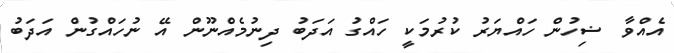
އެއްވާ ޟިހުން ހައްޔަރު ކުރުމަކީ ހައްގު އަދަބު ދިނުމެއްނޫން އޭ ނުހައްގުން އަދަބު